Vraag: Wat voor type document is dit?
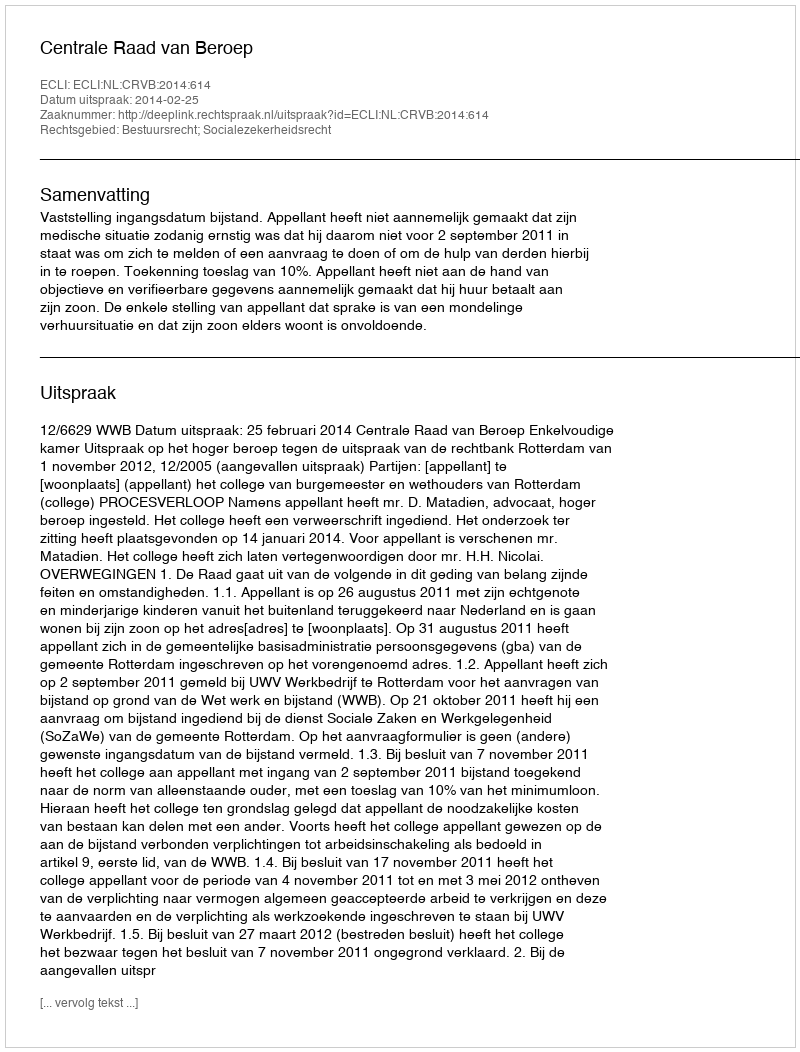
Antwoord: Uitspraak